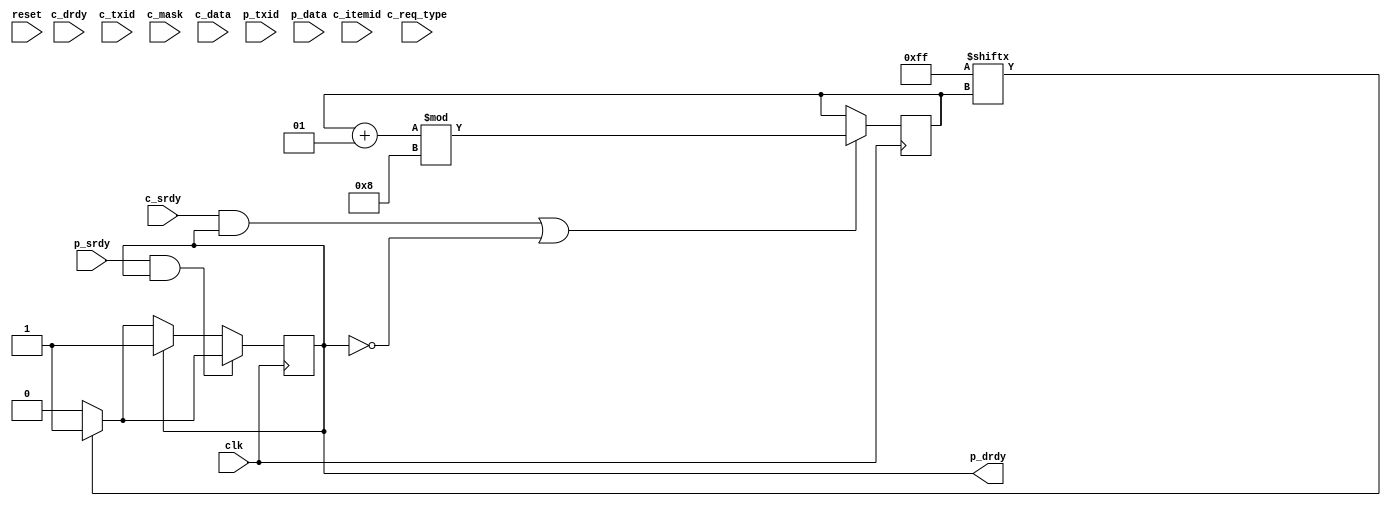
// combination refmodel/monitor for scoreboard

module sb_monitor
  #(parameter width=8,
    parameter items=64,
    parameter use_txid=0,
    parameter use_mask=0,
    parameter txid_sz=2,
    parameter asz=$clog2(items))
  (input      clk,
   input      reset,

   input      c_srdy,
   input      c_drdy,
   input      c_req_type, // 0=read, 1=write
   input [txid_sz-1:0] c_txid,
   input [width-1:0] c_mask,
   input [width-1:0] c_data,
   input [asz-1:0]   c_itemid,

   input     p_srdy,
   output reg   p_drdy,
   input  [txid_sz-1:0] p_txid,
   input [width-1:0]   p_data
   );

  localparam pat_dep = 8;

  reg [width-1:0]      sbmem [0:items-1];
  reg [7:0] 	       drdy_pat;
  integer 	       dpp;
  reg 		       nxt_p_drdy;

  reg [width-1:0]      outbuf[0:items-1];

  initial
    begin
      drdy_pat = {pat_dep{1'b1}};
      dpp = 0;
    end

  always @*
    begin
      nxt_p_drdy = p_drdy;

      if (p_srdy & p_drdy)
	begin
	  if (drdy_pat[dpp])
	    begin
	      nxt_p_drdy = 1;
	    end
	  else
	    nxt_p_drdy = 0;
	end
      else if (!p_drdy)
	begin
	  if (drdy_pat[dpp])
	    begin
	      nxt_p_drdy = 1;
	    end
	  else
	    nxt_p_drdy = 0;
	end
    end // always @ *

  always @(posedge clk)
    begin
      if ((c_srdy & p_drdy) | !p_drdy)
	dpp = (dpp + 1) % pat_dep;

      p_drdy <= #1 nxt_p_drdy;
    end

  always @(posedge clk)
    begin
      if (c_srdy & c_drdy & (c_req_type == 1))
        begin
          sbmem[c_itemid] <= #18 (sbmem[c_itemid] & ~c_mask) | (c_data & c_mask);
        end
      else if (c_srdy & c_drdy & (c_req_type == 0))
	begin
	  outbuf[c_itemid] = sbmem[c_itemid];
	end

      if (p_srdy & p_drdy)
        begin
          if (p_data != outbuf[p_txid])
            begin
              $display ("%t: ERROR: sb returned %x, expected %x",
                        $time, p_data, outbuf[p_txid]);
            end
        end
    end
  
  initial
    begin
      p_drdy = 1;
    end

endmodule // sb_monitor